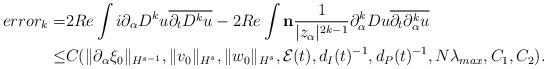
LaTeX: \begin{align*}error_k=&2Re\int i \partial_{\alpha}D^k u\overline{\partial_t D^k u}-2Re\int \bold{n} \frac{1}{|z_{\alpha}|^{2k-1}}\partial_{\alpha}^k Du \overline{\partial_t \partial_{\alpha}^k u}\\\leq & C(\|\partial_{\alpha}\xi_0\|_{H^{s-1}},\|v_0\|_{H^s}, \|w_0\|_{H^s}, \mathcal{E}(t), d_I(t)^{-1}, d_P(t)^{-1}, N\lambda_{max}, C_1, C_2).\end{align*}